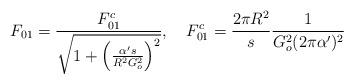
LaTeX: \begin{align*}F_{01} =\frac{F_{01}^c}{\sqrt{1+\left( \frac{\alpha^\prime s}{R^2 G_o^2}\right)^2}}, \quad F_{01}^c = \frac{2\pi R^2}{s} \frac{1}{G_o^2 (2\pi \alpha^\prime)^2}\end{align*}